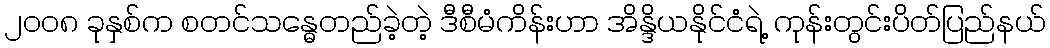
၂၀၀၈ ခုနှစ်က စတင်သန္ဓေတည်ခဲ့တဲ့ ဒီစီမံကိန်းဟာ အိန္ဒိယနိုင်ငံရဲ့ ကုန်းတွင်းပိတ်ပြည်နယ်